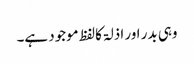
وہی بدر اور اذلۃ کالفظ موجود ہے۔